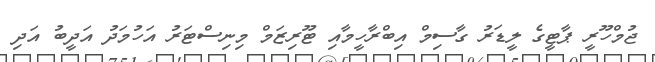
ޖުމްހޫރީ ޕާޓީގެ ލީޑަރު ގާސިމް އިބްރާހީމާއި ޓޫރިޒަމް މިނިސްޓަރު އަހުމަދު އަދީބު އަދި